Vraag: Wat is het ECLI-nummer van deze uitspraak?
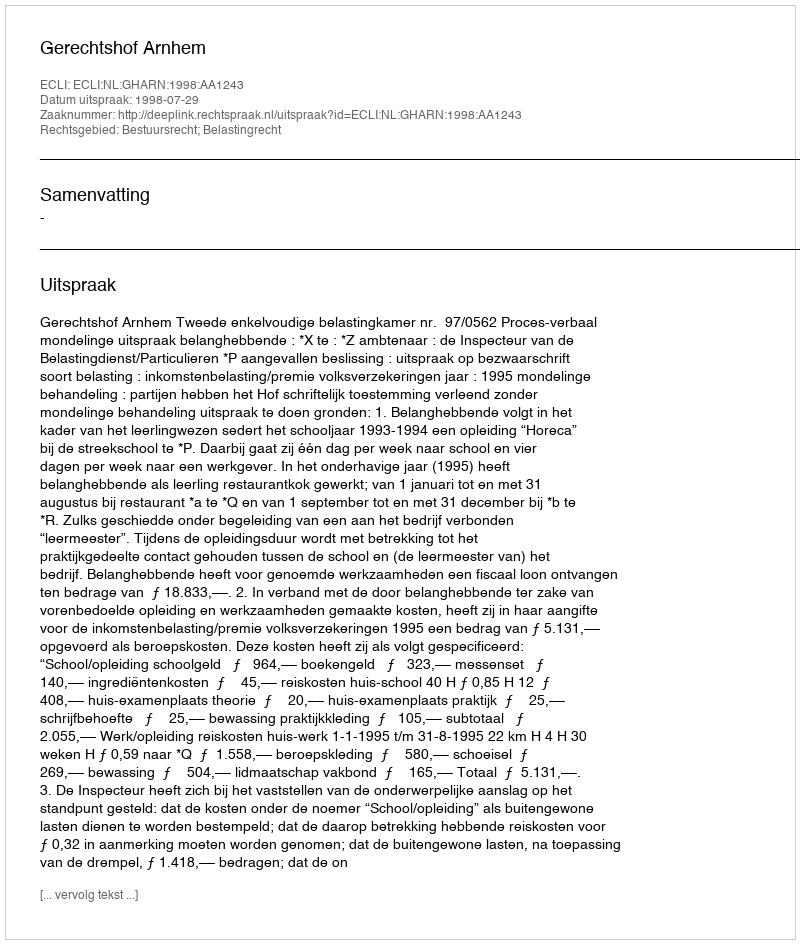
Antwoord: ECLI:NL:GHARN:1998:AA1243